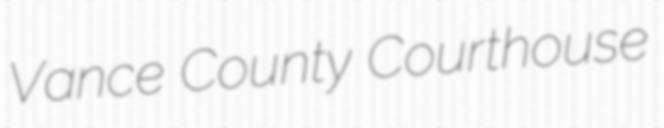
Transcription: Vance County Courthouse